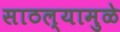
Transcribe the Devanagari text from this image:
साठल्यामुळे